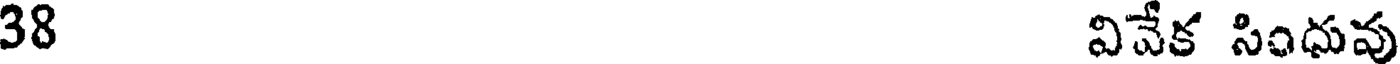
38 వివేక సింధువు